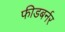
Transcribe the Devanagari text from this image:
फीडबर्नर